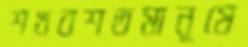
শখবশতমানুষে